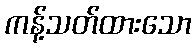
ကန့်သတ်ထားသော